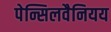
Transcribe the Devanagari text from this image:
पेन्सिलवैनियय